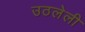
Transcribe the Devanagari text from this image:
उठलेली